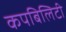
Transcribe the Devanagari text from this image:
कपबिलिटी